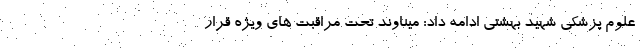
علوم پزشکی شهید بهشتی ادامه داد: میناوند تحت مراقبت های ویژه قرار